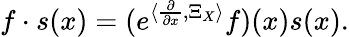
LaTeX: f\cdot s(x)=(e^{\langle\frac{\partial}{\partial x},\Xi_{X}\rangle}f)(x)s(x).